Report on vaccination in Madras 1877-1894 - 1877-1894
Year: 1877
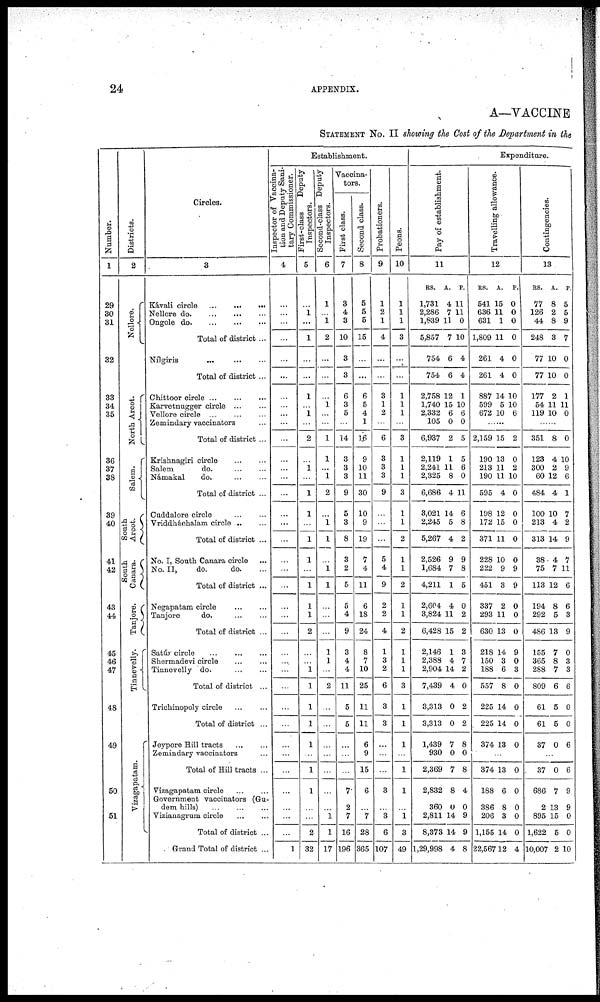
24
APPENDIX.
A—VACCINE
STATEMENT No. II showing the Cost of the Department in the
Number.
1
29
30
31
32
33
34
35
36
37
88
39
40
41
42
43
44
45
46
47
48
49
50
51
Districts.
2
Nellore.
North Arcot.
Salem.
South
Arcot.
South
Canara.
Tanjore.
Tinnevelly.
Vizagapatam.
Circles.
3
Kávali Circle ... ... ...
Nellore
do.
...
...
...
Ongole do. ... ... ...
Total of district ...
Nilgiris
...
...
...
Total of district ...
Chittoor circle
...
...
Karvetnugger circle ...
Vellore circle
...
...
Zemindary vaccinators ...
Total of district ...
Krishnagiri circle ... ...
Salem do. ... ...
Námakal
do. ... ...
Total of district ...
Cuddalore circle
...
...
Vriddháchalam circle ... ...
Total of district ...
No. I, South Canara circle ...
No. II,
do.
do. ...
Total of district ...
Negapatam circle
...
...
Tanjore
do.
...
...
Total of district ...
Satúr circle ... ... ...
Shermadevi circle ... ...
Tinnevelly do. ... ...
Total of district ...
Trichinopoly circle
Total of district ...
Jeypore Hill tracts
...
...
Zemindary vaccinators ...
Total of Hill tracts ...
Vizagapatam circle
Government vaccinators (Gu¬
dem hills)
...
...
...
Vizianagrum circle
...
...
Total of district ...
Grand Total of district ...
Establishment.
Inspector of Vaccina-
tion and Deputy Sani-
tary Commissioner.
4
...
...
...
...
...
...
...
...
...
...
...
...
...
...
...
...
...
...
...
...
...
...
...
...
...
...
...
...
...
...
...
...
...
...
...
...
...
1
First-class
Deputy
Inspectors.
5
...
1
...
1
...
...
1
...
1
...
2
...
1
...
1
1
...
1
1
...
1
1
1
2
...
...
1
1
1
1
1
...
1
1
...
...
2
32
Second-class Deputy
Inspectors.
6
1
...
1
2
...
...
...
1
...
...
1
1
...
1
2
...
1
1
...
1
1
...
...
...
1
1
...
2
...
...
...
...
...
...
...
1
1
17
Vaccina-
tors.
First class.
7
3
4
3
10
3
3
6
3
5
...
14
3
3
3
9
5
3
8
3
2
5
5
4
9
3
4
4
11
5
5
...
...
...
7
2
7
16
196
Second class.
8
5
5
5
15
...
...
6
5
4
1
16
9
10
11
30
10
9
19
7
4
11
6
18
24
8
7
10
25
11
11
6
9
15
6
...
7
28
365
Probationers.
9
1
2
1
4
...
...
3
1
2
...
6
3
3
3
9
...
...
...
5
4
9
2
2
4
1
3
2
6
3
3
...
...
...
3
...
3
6
107
Peons.
10
1
1
1
3
...
...
1
1
1
...
3
1
1
1
3
1
1
2
1
1
2
1
1
2
1
1
1
3
1
1
1
...
1
1
...
1
3
49
Expenditure.
Pay of establishment.
11
RS.
1,731
2,286
1,839
5,857
754
754
2,758
1,740
2,332
105
6,937
2,119
2,241
2,325
6,686
3,021
2,245
5,267
2,526
1,684
4,211
2,604
3,824
6,428
2,146
2,388
2,904
7,439
3,313
3,313
1,439
930
2,369
2,832
360
2,811
8,373
1,29,998
A.
4
7
11
7
6
6
12
15
6
0
2
1
11
8
4
14
5
4
9
7
1
4
11
15
1
4
14
4
0
0
7
0
7
8
0
14
14
4
P.
11
11
0
10
4
4
1
10
6
0
5
5
6
0
11
6
8
2
9
8
5
0
2
2
3
7
2
0
2
2
8
0
8
4
0
9
9
8
Travelling allowance.
12
RS.
541
636
631
1,809
261
261
887
599
672
A.
15
11
1
11
4
4
14
5
10
P.
0
0
0
0
0
0
10
10
6
......
2,159
190
213
190
595
198
172
371
228
222
451
337
293
630
218
150
188
557
225
225
374
15
13
11
11
4
12
15
11
10
9
3
2
11
13
14
3
6
8
14
14
13
2
0
2
10
0
0
0
0
0
9
9
0
0
0
9
0
3
0
0
0
0
...
374
188
386
206
1,155
22,567
13
6
8
3
14
12
0
0
0
0
0
4
Contingencies.
13
RS.
77
126
44
248
77
77
177
54
119
A.
8
2
8
3
10
10
2
11
10
P.
5
5
9
7
0
0
1
11
0
......
351
123
300
60
484
100
213
313
38
75
113
194
292
486
155
365
288
809
61
61
37
8
4
2
12
4
10
4
14
4
7
12
8
5
13
7
8
7
6
5
5
0
0
10
9
6
1
7
2
9
7
11
6
6
3
9
0
3
3
6
0
0
6
...
37
686
2
895
1,622
10,005
0
7
13
15
5
2
6
9
9
0
0
10